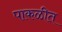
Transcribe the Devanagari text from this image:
पाकळीत